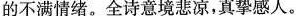
的不满情绪。全诗意境悲凉，真挚感人。